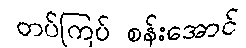
တပ်ကြပ် စန်းအောင်